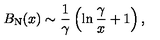
B _ { \mathrm { N } } ( x ) \sim { \frac { 1 } { \gamma } } \left( \ln { \frac { \gamma } { x } } + 1 \right) ,